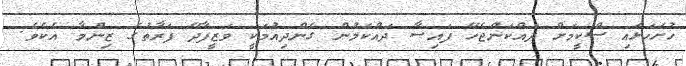
ހުށަހަޅައި ސްކީމަށް ދައްކަންޖެހޭ ފައިސާ ދައްކަމުން ގެންދިއުމަކީ ވަޒީފާދޭ ފަރާތުގެ ޒިންމާ އެކެވެ.